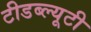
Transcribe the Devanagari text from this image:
टीडब्ल्यूटी